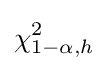
\chi _{1-\alpha ,h}^{2}